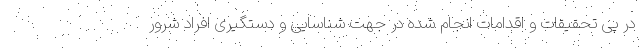
در پی تحقیقات و اقدامات انجام شده در جهت شناسایی و دستگیری افراد شرور